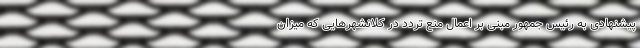
پیشنهادی به رئیس جمهور مبنی بر اعمال منع تردد در کلانشهرهایی که میزان